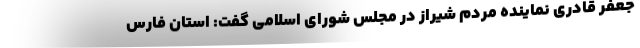
جعفر قادری نماینده مردم شیراز در مجلس شورای اسلامی گفت: استان فارس